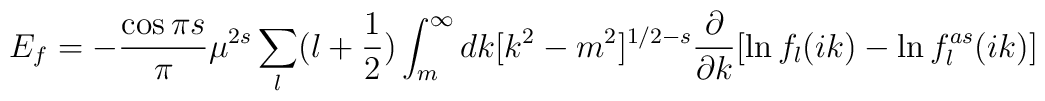
E_f=-{\cos{\pi s}\over \pi} \mu^{2 s}\sum_{l}(l+\frac12)\int^\infty_m dk [k^2 -m^2]^{1/2 -s} \frac{\partial}{\partial k} [\ln f_l(ik)- \ln f^{as}_l(ik)]